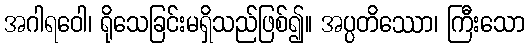
အဂါရဝေါ၊ ရိုသေခြင်းမရှိသည်ဖြစ်၍။ အပ္ပတိဿော၊ ကြီးသော